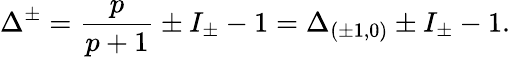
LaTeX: \Delta^{\pm}=\frac{p}{p+1}\pm I_{\pm}-1=\Delta_{(\pm 1,0)}\pm I_{\pm}-1.